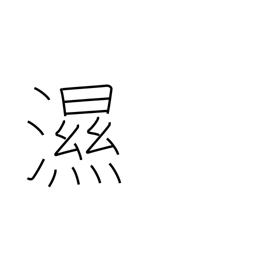
Meaning: an illness